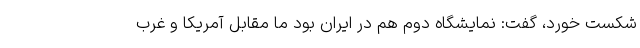
شکست خورد، گفت: نمایشگاه دوم هم در ایران بود ما مقابل آمریکا و غرب